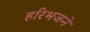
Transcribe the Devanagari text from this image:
हरिभजने